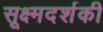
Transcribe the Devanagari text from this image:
सूक्ष्मदर्शकी